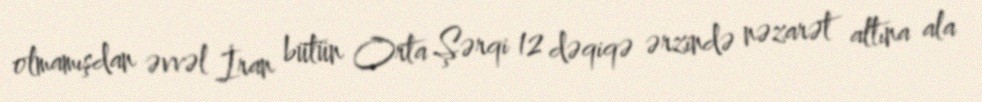
olmamışdan əvvəl İran bütün Orta Şərqi 12 dəqiqə ərzində nəzarət altına ala